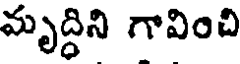
మృద్ధిని గావించి